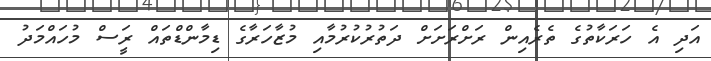
އަދި އެ ހަރަކާތުގެ ތެރެއިން ރަށްރަށަށް ދަތުރުކުރުމާއި މުޒާހަރާގެ ޑިމާންޑްތައް ރަީސް މުހައްމަދު